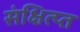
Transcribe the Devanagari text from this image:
संक्षित्प्त